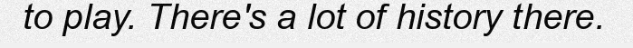
to play. There's a lot of history there.